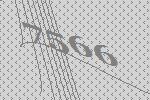
7566